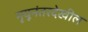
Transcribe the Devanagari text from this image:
मृयूनंतरदेखील